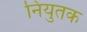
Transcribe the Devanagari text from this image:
नियुतक